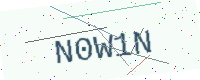
Text: N0W1N